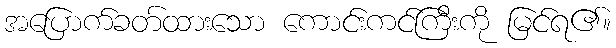
အပြောက်ခတ်ထားသော ကောင်းကင်ကြီးကို မြင်ရ၏။